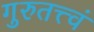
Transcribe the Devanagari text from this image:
गुरुतत्त्वं